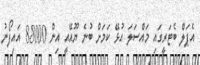
އެޕަލް ބެޓަރީގައި މައްސަލަ އުޅޭ ކަމަށް ބުނެ ޔޫއޭއީ އިން 88000 އައިފޯނު